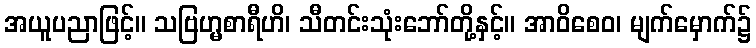
အယူပညာဖြင့်။ သဗြဟ္မစာရီဟိ၊ သီတင်းသုံးဘော်တို့နှင့်။ အာဝိစေဝ၊ မျက်မှောက်၌